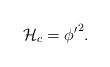
\begin{align*}{\cal{H}}_c= {\phi^\prime}^2.\end{align*}